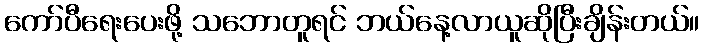
ကော်ပီရေးပေးဖို့ သဘောတူရင် ဘယ်နေ့လာယူဆိုပြီးချိန်းတယ်။